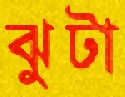
ঝুটা